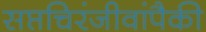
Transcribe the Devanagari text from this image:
सप्तचिरंजीवांपैकी